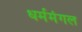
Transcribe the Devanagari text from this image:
धर्ममंगल